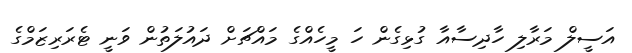
އަސީލް މަރާލި ހާދިސާއާ ގުޅިގެން ހަ މީހެއްގެ މައްޗަށް ދައުލަތުން ވަނީ ޓެރަރިޒަމްގެ